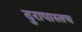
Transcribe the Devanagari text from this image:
दुरापास्तच